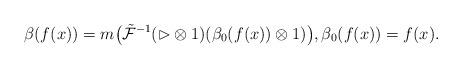
LaTeX: \begin{gather*}{\beta}(f(x))=m\big(\tilde{\mathcal{F}}^{-1}(\rhd\otimes 1) ({\beta}_0(f(x))\otimes1)\big),{\beta}_0(f(x))=f(x).\end{gather*}